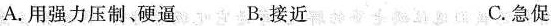
A.用强力压制、硬逼 B.接近 C.急促